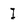
Character: I